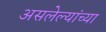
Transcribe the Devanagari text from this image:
असलेल्यांच्या